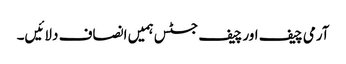
آرمی چیف اور چیف جسٹس ہمیں انصاف دلائیں۔